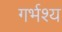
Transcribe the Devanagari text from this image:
गर्भश्य